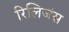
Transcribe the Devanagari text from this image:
रिलिजंस